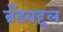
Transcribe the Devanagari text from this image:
ब्रँडबद्दल